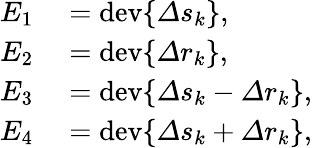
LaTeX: \begin{array}{rl}{E_{1}}&{{}=\mathrm{dev}\{ \varDelta s_{k}\} ,}\\ {E_{2}}&{{}=\mathrm{dev}\{ \varDelta r_{k}\} ,}\\ {E_{3}}&{{}=\mathrm{dev}\{ \varDelta s_{k}-\varDelta r_{k}\} ,}\\ {E_{4}}&{{}=\mathrm{dev}\{ \varDelta s_{k}+\varDelta r_{k}\} ,}\end{array}